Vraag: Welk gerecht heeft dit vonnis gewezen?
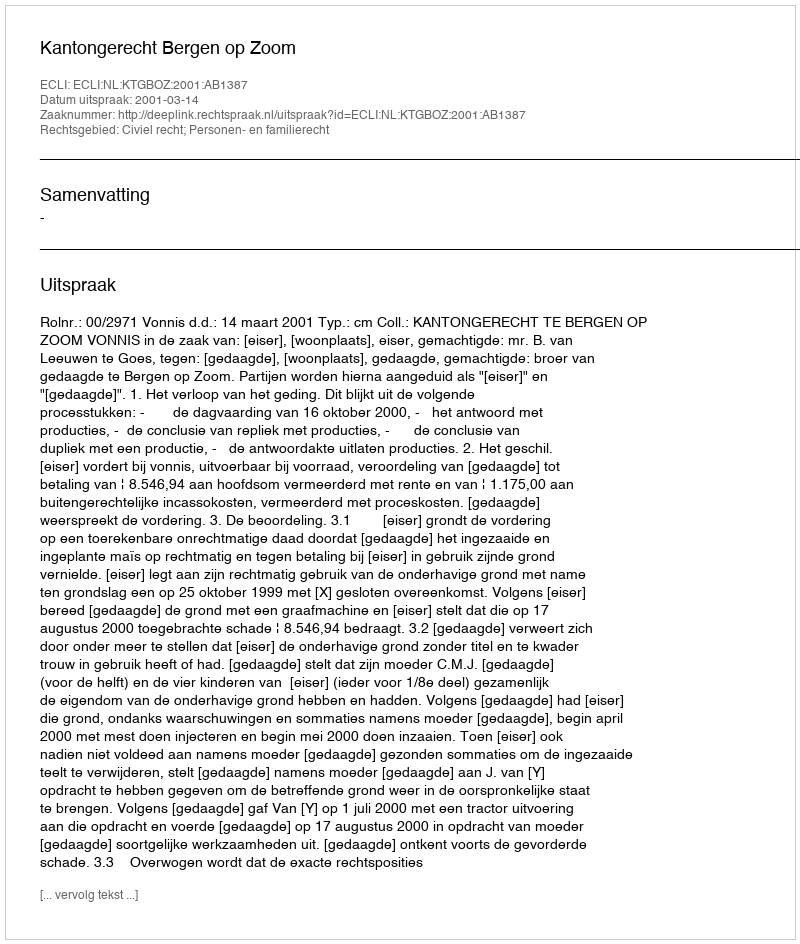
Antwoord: Kantongerecht Bergen op Zoom